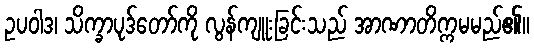
ဥပဝါဒ၊ သိက္ခာပုဒ်တော်ကို လွန်ကျူးခြင်းသည် အာဏာတိက္ကမမည်၏။